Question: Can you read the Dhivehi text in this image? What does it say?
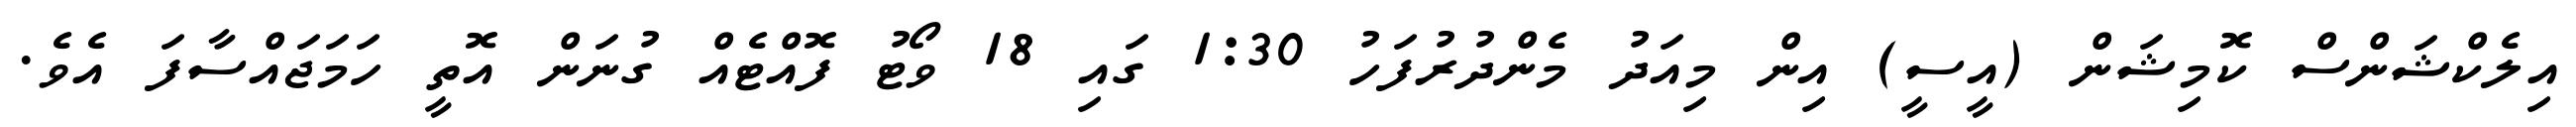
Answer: އިލެކްޝަންސް ކޮމިޝަން (އީސީ) އިން މިއަދު މެންދުރުފަހު 1:30 ގައި 18 ވޯޓު ފޮއްޓެއް ގުނަން އޮތީ ހަމަޖައްސާފަ އެވެ.